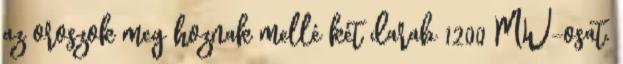
az oroszok meg hoznak mellé két darab 1200 MW-osat.